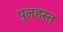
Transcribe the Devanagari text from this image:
पुलहस्त